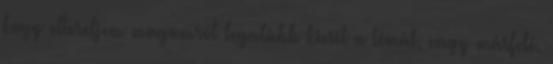
hogy eltereljem magamról legalább kicsit a témát, vagy másfelé.